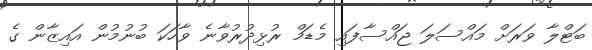
ބަޓްލާ ވަރަށް މައްސަލަ ޖައްސާފައި މެޑަމް ރުޅިދުރުވާނެ ވާހަކަ ބުނުމުން އައިޒާން ގެ